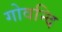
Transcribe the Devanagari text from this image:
गोवन्दि